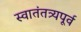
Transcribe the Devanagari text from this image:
स्वातंतत्र्यपूर्व